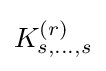
K_{s,\dots ,s}^{(r)}